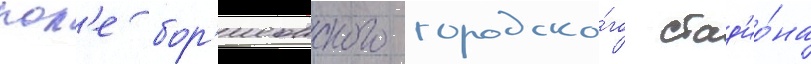
пол'е бор'исовского городско́го стад'ио́на